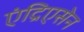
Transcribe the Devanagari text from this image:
एंद्रिएसेन